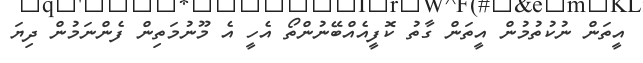
އީތަން ނުކުތުމުން އީތަން ގާތު ކޮފީއެއްބޭނުންތޯ އެހީ އެ މޫނުމަތިން ފެންނަމުން ދިޔަ